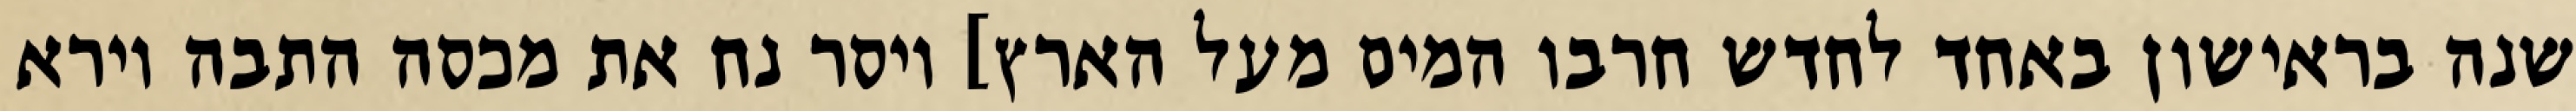
שנה בראישון באחד לחדש חרבו המים מעל הארץ] ויסר נח את מכסה התבה וירא